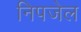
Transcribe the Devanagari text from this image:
निपजेल